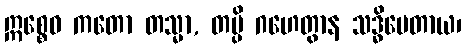
ဣစ္စေဝ ကတော တသ္မာ, တမ္ပိ ဂဟေတွာန သဒ္ဓိမေတာယ၊